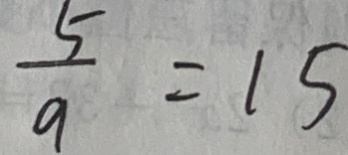
\frac { 5 } { 9 } = 1 5